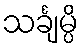
သင်္ချမ္ပိ